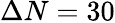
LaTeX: \Delta N=30